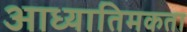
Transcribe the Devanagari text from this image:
आध्यातिमकता